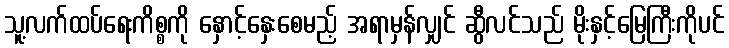
သူ့လက်ထပ်ရေးကိစ္စကို နှောင့်နှေးစေမည့် အရာမှန်လျှင် ဆွီလင်သည် မိုးနှင့်မြေကြီးကိုပင်